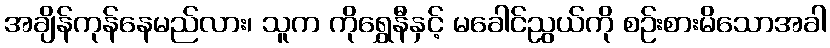
အချိန်ကုန်နေမည်လား၊ သူက ကိုရွှေနီနှင့် မခေါင်ညွယ်ကို စဉ်းစားမိသောအခါ